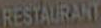
RESTAURANT